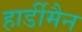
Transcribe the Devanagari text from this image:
हार्डीमैन